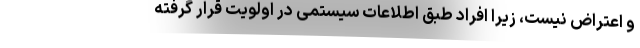
و اعتراض نیست، زیرا افراد طبق اطلاعات سیستمی در اولویت قرار گرفته